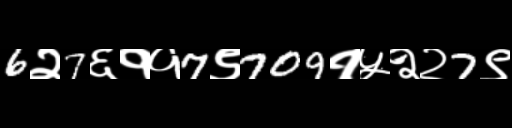
Text: 6२7६११7९709१५२२7९